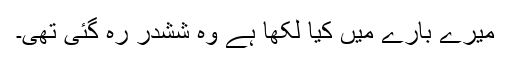
میرے بارے میں کیا لکھا ہے وہ ششدر رہ گئی تھی۔